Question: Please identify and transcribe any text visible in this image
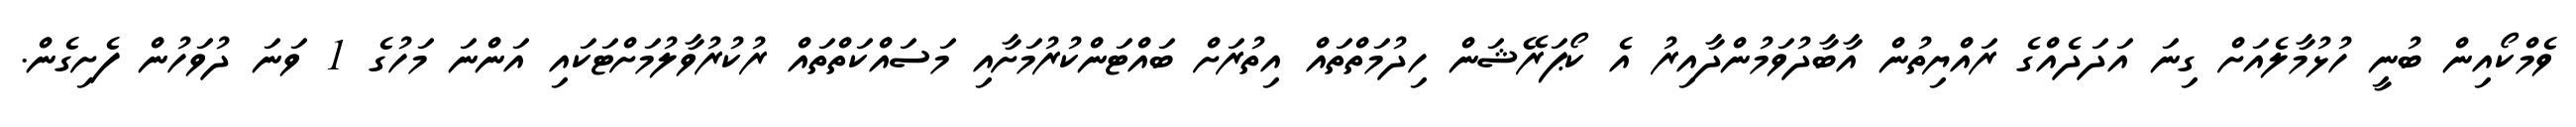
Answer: ވެމްކޯއިން ބުނީ ހުޅުމާލެއަށް ގިނަ އަދަދެއްގެ ރައްޔިތުން އާބާދުވަމުންދާއިރު އެ ކޯޕަރޭޝަން ހިދުމަތްތައް އިތުރަށް ބައްޓަންކުރުމަށާއި މަސައްކަތްތައް ރުކުރުވާލުމަށްޓަކައި އަންނަ މަހުގެ 1 ވަނަ ދުވަހުން ފެށިގެން.